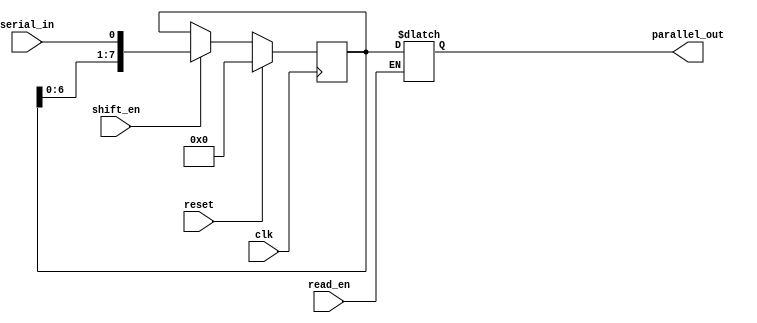
module SIPO_shift_register (
    input wire clk,      // Clock signal
    input wire reset,    // Reset signal
    input wire shift_en, // Enable shifting of data
    input wire read_en,  // Enable reading of data
    input wire serial_in,    // Serial input data
    output reg [7:0] parallel_out  // Parallel output data
);

reg [7:0] register; // 8-bit shift register

always @(posedge clk) begin
    if (reset) begin
        register <= 8'b0; // Initialize register to all 0s
    end else if (shift_en) begin
        register <= {register[6:0], serial_in}; // Shift in serial input data
    end
end

always @* begin
    if (read_en) begin
        parallel_out = register; // Output parallel data
    end
end

endmodule